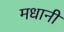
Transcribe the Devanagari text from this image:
मधानी